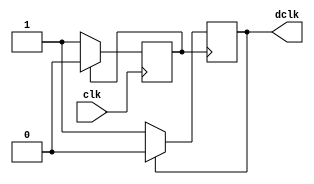
`timescale 1ns / 1ps
//////////////////////////////////////////////////////////////////////////////////
// Company: 
// Engineer: 
// 
// Design Name: 
// Module Name:    clockdiv 
// Project Name: 
// Target Devices: 
// Tool versions: 
// Description: 
//
// Dependencies: 
//
// Revision: 
// Revision 0.01 - File Created
// Additional Comments: 
//
//////////////////////////////////////////////////////////////////////////////////
module clockdiv(
	input wire clk,		//master clock: 100MHz
	//input wire clr,		//asynchronous reset
	output reg dclk	//pixel clock: 25MHz
	//output wire segclk	//7-segment clock: 381.47Hz
	);

// 17-bit counter variable
// reg [16:0] q;

// 2-bit counter variable
   //reg [1:0] q;

// Clock divider --
// Each bit in q is a clock signal that is
// only a fraction of the master clock.
   reg d50clk;

always @(posedge clk) //or posedge clr)
//begin
//if (clr == 0)
	begin
	// reset condition
	//if (clr == 1)
		//q <= 0;
	// increment counter by one
	//else
	//	q <= q + 1;
		if (d50clk == 1)
			d50clk <= 0;
		else
			d50clk <= 1;
	end		
//else	
//	   d50clk <= 0;
//end

always @(posedge d50clk)// or posedge clr)
begin
//if (clr == 0)
	//begin
	// reset condition
	//if (clr == 1)
		//q <= 0;
	// increment counter by one
	//else
	//	q <= q + 1;
		if (dclk == 1)
			dclk <= 0;
		else
			dclk <= 1;
   //end
   		
//else	
	  // dclk <= 0;
end

//100Mhz / 2^18 = 381.47Hz

// assign segclk = q[17];

//100Mhz / 2^2 = 25MHz

//assign dclk = q[1];

endmodule